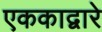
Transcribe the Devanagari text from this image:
एककाद्वारे